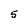
Character: 5